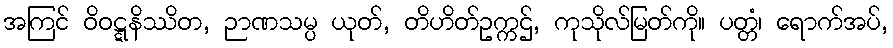
အကြင် ဝိဝဋ္ဋနိဿိတ, ဉာဏသမ္ပ ယုတ်, တိဟိတ်ဥက္ကဌ်, ကုသိုလ်မြတ်ကို။ ပတ္တံ၊ ရောက်အပ်,